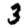
Digit: 3